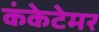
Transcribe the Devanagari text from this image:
कंकेटेमर